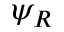
\psi _ { R }